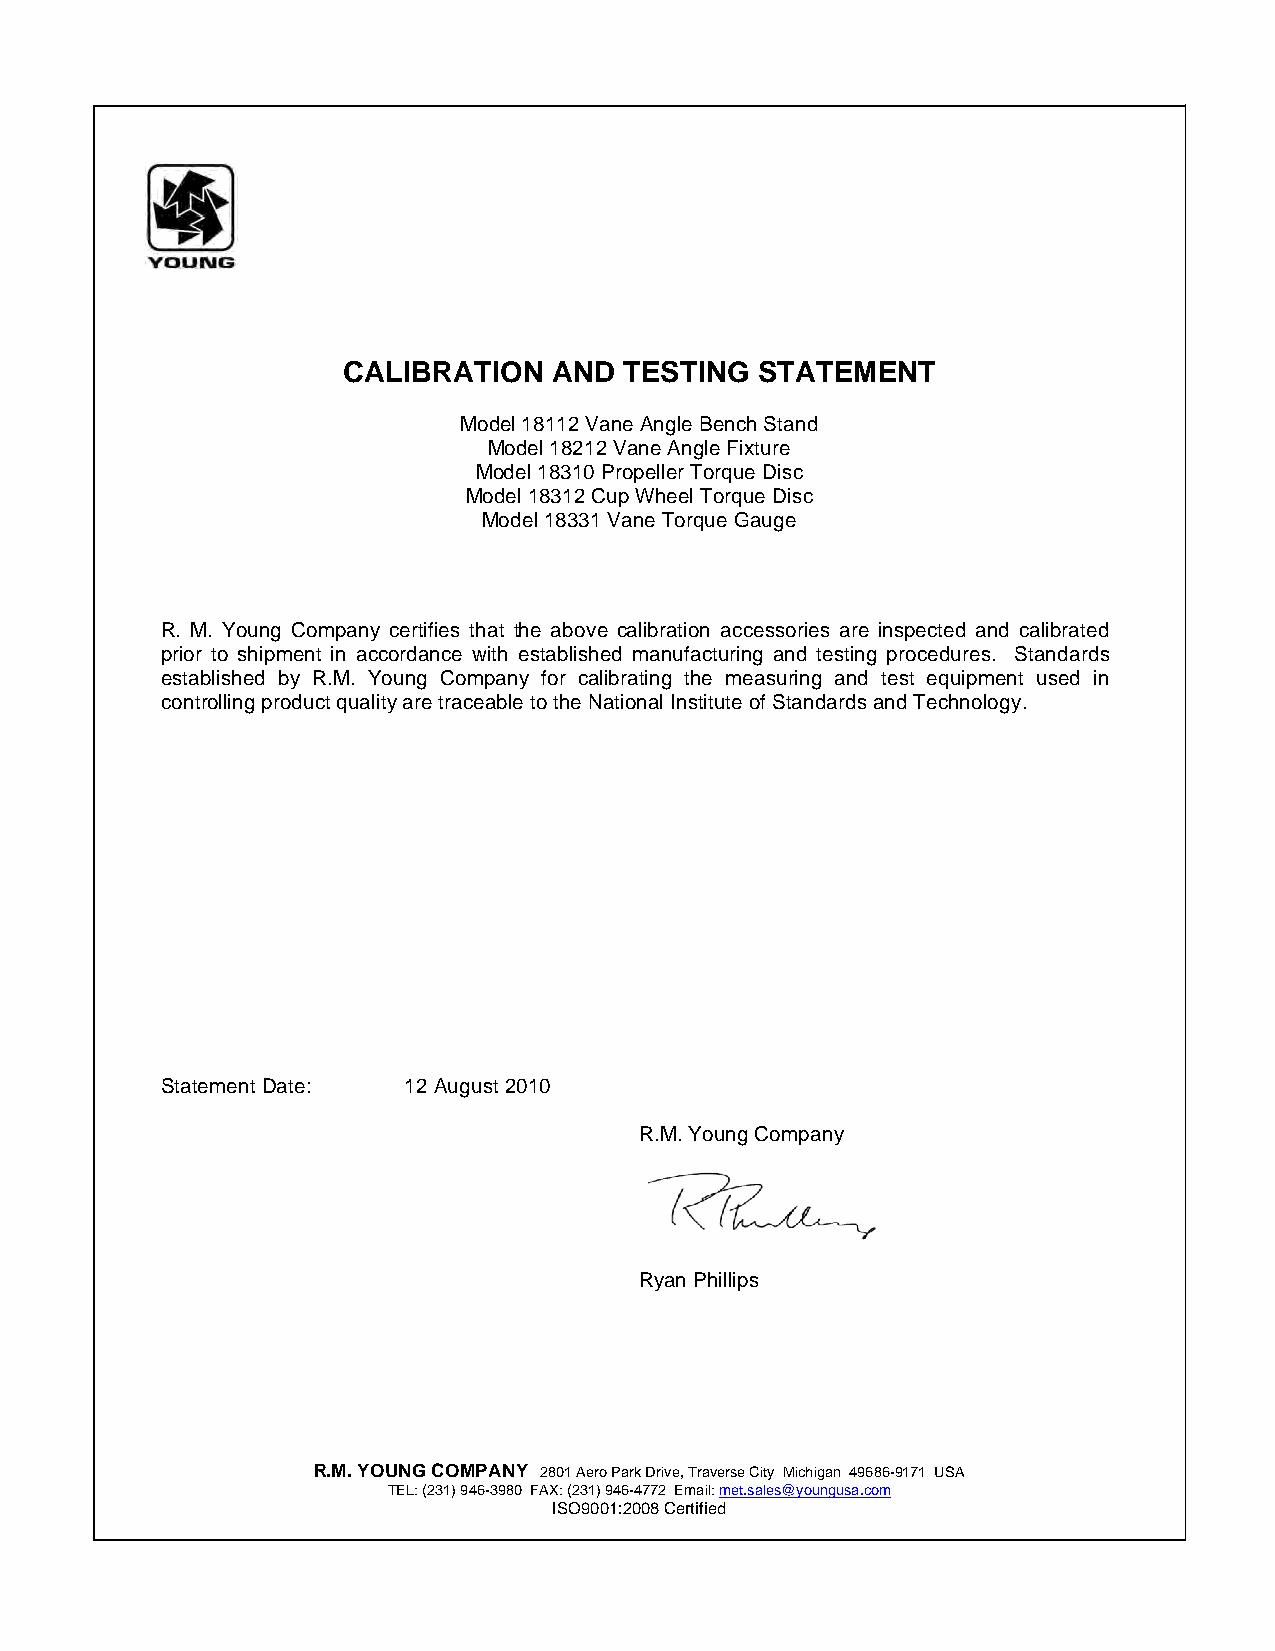
CALIBRATION   AND TESTING  STATEMENT
 Model 18112 Vane Angle Bench Stand
 Model 18212 Vane Angle Fixture
 Model 18310 Propeller Torque Disc
 Model 18312 Cup Wheel Torque Disc
 Model 18331 Vane Torque Gauge
 R. M. Young Company certifies that the above calibration accessories are inspected and calibrated
 prior to shipment in accordance with established manufacturing and testing procedures. Standards
 established by R.M. Young Company for calibrating the measuring and test equipment used in
 controlling product quality are traceable to the National Institute of Standards and Technology.
 Statement Date: 12 August 2010
 R.M. Young Company
 Ryan Phillips
 R.M. YOUNG COMPANY 2801 Aero Park Drive, Traverse City Michigan 49686-9171 USA
 TEL: (231) 946-3980 FAX: (231) 946-4772 Email: met.sales@youngusa.com
 ISO9001:2008 Certified